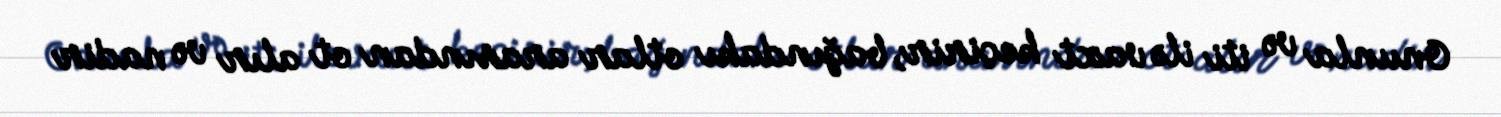
Onunla və iti ilə vaxt keçirir, bağındakı otlar arasından ot alır və nadir